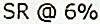
SR @ 6%